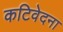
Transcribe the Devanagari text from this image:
कटिवेदना